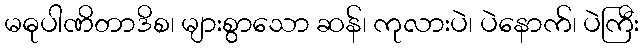
မဓုပါဏိတာဒိစ၊ များစွာသော ဆန်၊ ကုလားပဲ၊ ပဲနောက်၊ ပဲကြီး